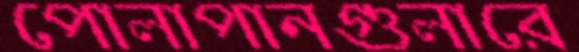
পোলাপানগুলারে